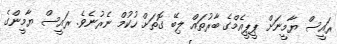
ރައީސް ޔާމީނަށް ޕީޕީއެމްގެ ބާރުތައް ލިބޭ ގޮތަށް ހުކުމް ނެރުނެވެ. ރައީސް ޔާމީންގެ